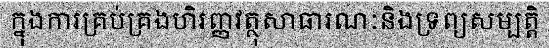
ក្នុងការគ្រប់គ្រងហិរញ្ញវត្ថុសាធារណៈនិងទ្រព្យសម្បត្តិ